Vaccination in Bombay 1869-1873 - 1869-1873
Year: 1869
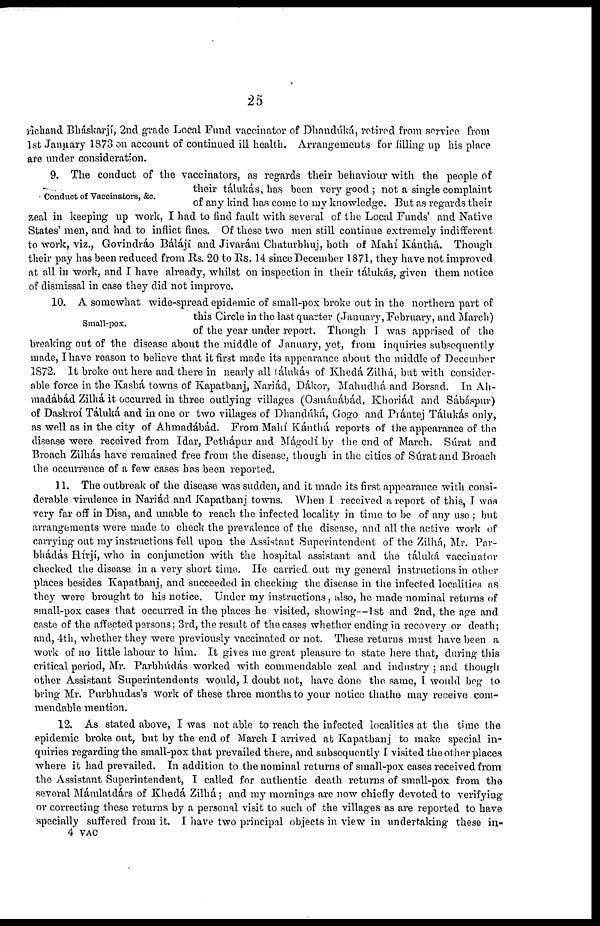
25
richand Bháskarjí, 2nd grade Local Fund vaccinator of Dhandúká, retired from service from
1st January 1873 on account of continued ill health. Arrangements for filling up his place
are under consideration.
Conduct of Vaccinators, &c.
9. The conduct of the vaccinators, as regards their behaviour with the people of
their tálukás, has been very good ; not a single complaint
of any kind has come to my knowledge. But as regards their
zeal in keeping up work, I had to find fault with several of the Local Funds' and Native
States' men, and had to inflict fines. Of these two men still continue extremely indifferent
to work, viz., Govindráo Bálájí and Jivarám Chaturbhuj, both of Mahí Kánthá. Though
their pay has been reduced from Rs. 20 to Rs. 14 since December 1871, they have not improved
at all in work, and I have already, whilst on inspection in their tálukás, given them notice
of dismissal in case they did not improve.
Small-pox.
10. A somewhat wide-spread epidemic of small-pox broke out in the northern part of
this Circle in the last quarter (January, February, and March)
of the year under report. Though I was apprised of the
breaking out of the disease about the middle of January, yet, from inquiries subsequently
made, I have reason to believe that it first made its appearance about the middle of December
1872. It broke out here and there in nearly all tálukás of Khedá Zilhá, but with consider-
able force in the Kasbá towns of Kapatbanj, Nariád, Dákor, Mahudhá and Borsad. In Ah-
madábád Zilhá it occurred in three outlying villages (Osmánábád, Khoriád and Sábáspur)
of Daskroí Táluká and in one or two villages of Dhandúká, Gogo and Prántej Tálukás only,
as well as in the city of Ahmadábád. From Mahí Kánthá reports of the appearance of the
disease were received from Idar, Pethápur and Mágodí by the end of March. Súrat and
Broach Zilhás have remained free from the disease, though in the cities of Súrat and Broach
the occurrence of a few cases has been reported.
11. The outbreak of the disease was sudden, and it made its first appearance with consi-
derable virulence in Nariád and Kapatbanj towns. When I received a report of this, I was
very far off in Disa, and unable to reach the infected locality in time to be of any use ; but
arrangements were made to check the prevalence of the disease, and all the active work of
carrying out my instructions fell upon the Assistant Superintendent of the Zilhá, Mr. Par-
bhádás Hírjí, who in conjunction with the hospital assistant and the táluká vaccinator
checked the disease in a very short time. He carried out my general instructions in other
places besides Kapatbanj, and succeeded in checking the disease in the infected localities as
they were brought to his notice. Under my instructions, also, he made nominal returns of
small-pox cases that occurred in the places he visited, showing—1st and 2nd, the age and
caste of the affected persons; 3rd, the result of the cases whether ending in recovery or death;
and, 4th, whether they were previously vaccinated or not. These returns must have been a
work of no little labour to him. It gives me great pleasure to state here that, during this
critical period, Mr. Parbhúdás worked with commendable zeal and industry ; and though
other Assistant Superintendents would, I doubt not, have done the same, I would beg to
bring Mr. Purbhudas's work of these three months to your notice that he may receive com-
mendable mention.
12. As stated above, I was not able to reach the infected localities at the time the
epidemic broke out, but by the end of March I arrived at Kapatbanj to make special in-
quiries regarding the small-pox that prevailed there, and subsequently I visited the other places
where it had prevailed. In addition to the nominal returns of small-pox cases received from
the Assistant Superintendent, I called for authentic death returns of small-pox from the
several Mámlatdárs of Khedá, Zilhá; and my mornings are now chiefly devoted to verifying
or correcting these returns by a personal visit to such of the villages as are reported to have
specially suffered from it. I have two principal objects in view in undertaking these in-
4 VAC